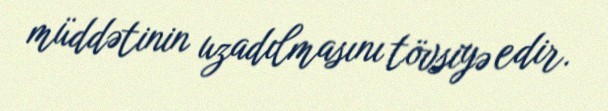
müddətinin uzadılmasını tövsiyə edir.